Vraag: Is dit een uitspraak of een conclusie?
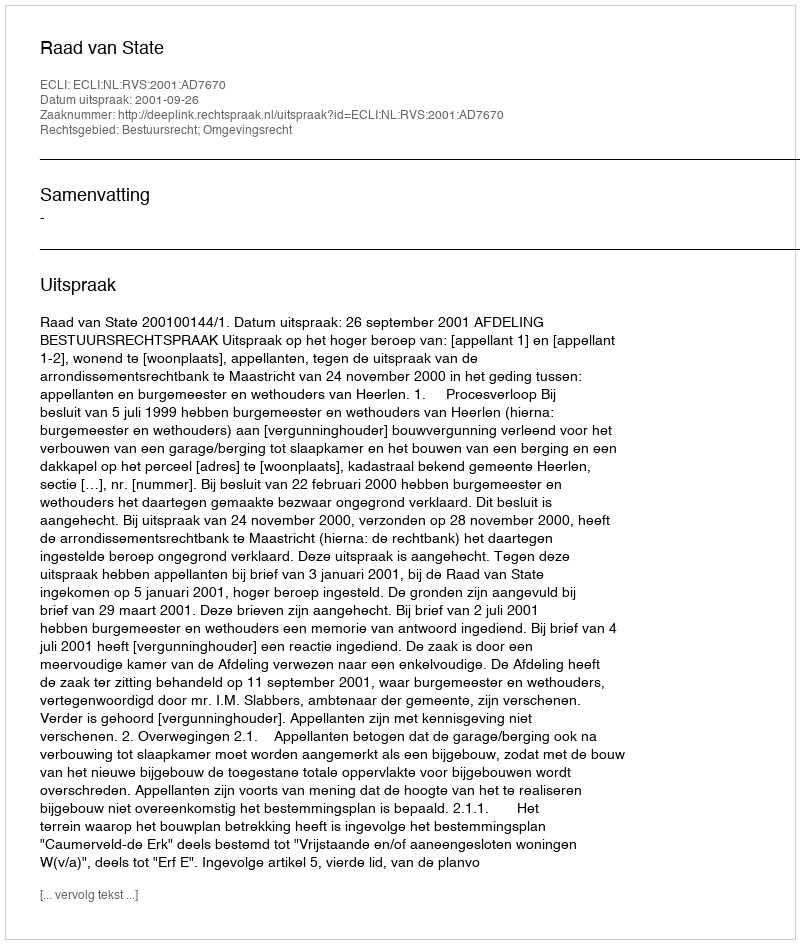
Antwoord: Uitspraak